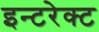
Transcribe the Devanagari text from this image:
इन्टरेक्ट